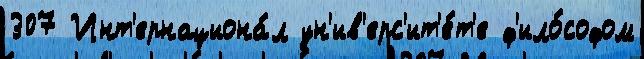
307 Инт'ернациона́л ун'ив'ерс'ит'е́т'е ф'ило́софом